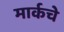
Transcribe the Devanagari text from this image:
मार्कचे